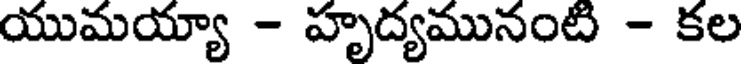
యుమయ్యా - హృద్యమునంటి - కల